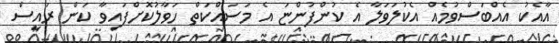
އާއެކު އެއްބަސްވުމެއް އެކުލަވަލާ އެ ކުންފުންޏަ އެ މަސައްކަތް ހަވާލުކޮށްފައިވާ ކަން ރައީސް